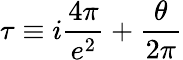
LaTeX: \tau\equiv i\frac{4\pi}{e^{2}}+\frac{\theta}{2\pi}